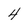
Character: 4